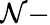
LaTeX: \mathcal{N}-